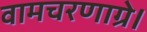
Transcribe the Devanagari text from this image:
वामचरणाग्रे।